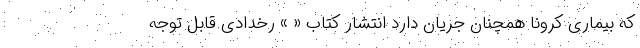
که بیماری کرونا همچنان جریان دارد انتشار کتاب « » رخدادی قابل توجه